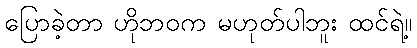
ပြောခဲ့တာ ဟိုဘဝက မဟုတ်ပါဘူး ထင်ရဲ့။